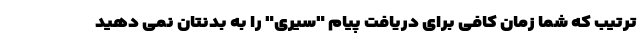
ترتیب که شما زمان کافی برای دریافت پیام "سیری" را به بدنتان نمی دهید